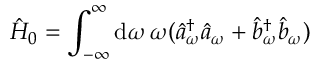
\hat { H } _ { 0 } = \int _ { - \infty } ^ { \infty } \mathrm { d } \omega \, \omega ( \hat { a } _ { \omega } ^ { \dagger } \hat { a } _ { \omega } + \hat { b } _ { \omega } ^ { \dagger } \hat { b } _ { \omega } )